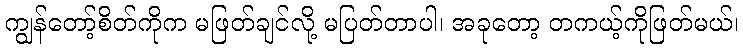
ကျွန်တော့်စိတ်ကိုက မဖြတ်ချင်လို့ မပြတ်တာပါ၊ အခုတော့ တကယ့်ကိုဖြတ်မယ်၊